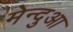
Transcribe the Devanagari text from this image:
मेन्दुआ